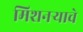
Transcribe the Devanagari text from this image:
मिशनर्‍याचे